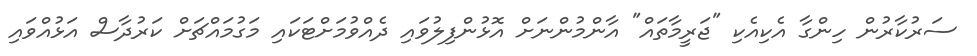
ސަރުކާރުން ހިންގާ އެކިއެކި "ޖަރީމާތައް" އާންމުންނަށް އޮޅުންފިލުވައި ދެއްވުމަށްޓަކައި މަގުމައްޗަށް ކަރުދާސް އަޅުއްވައި